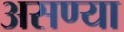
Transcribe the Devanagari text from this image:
असण्या